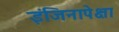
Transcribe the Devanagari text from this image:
इंजिनापेक्षा